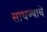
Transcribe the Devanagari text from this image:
साधण्‍याचे